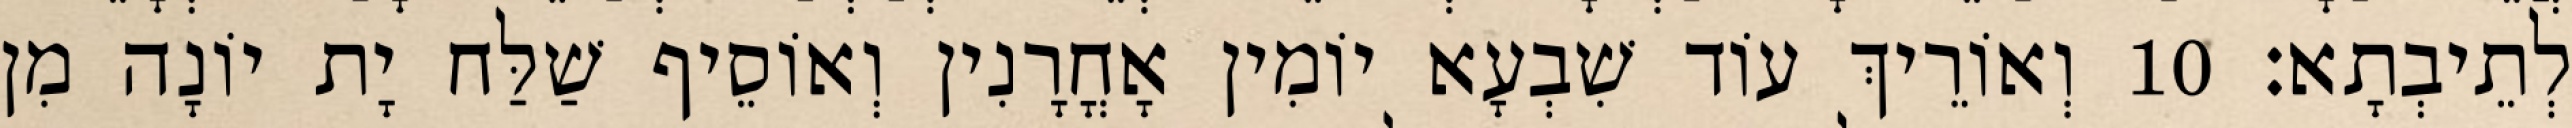
לְתֵיבְתָא׃ 10 וְאוֹרֵיךְ עוֹד שִׁבְעָא יוֹמִין אָחֳרָנִין וְאוֹסֵיף שַׁלַּח יָת יוֹנָה מִן